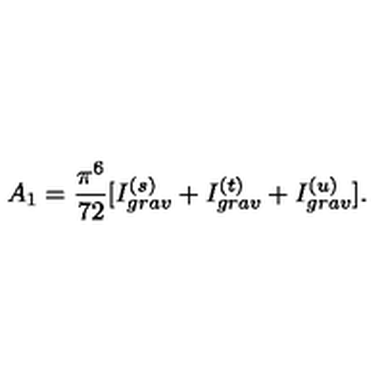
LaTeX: A _ { 1 } = \frac { \pi ^ { 6 } } { 7 2 } [ I _ { g r a v } ^ { ( s ) } + I _ { g r a v } ^ { ( t ) } + I _ { g r a v } ^ { ( u ) } ] .